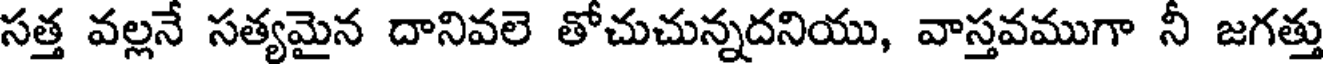
సత్త వల్లనే సత్యమైన దానివలె తోచుచున్నదనియు, వాస్తవముగా నీ జగత్తు